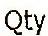
QTY